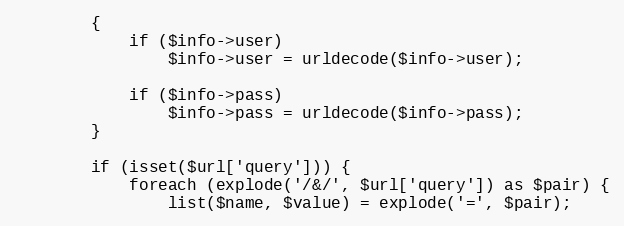
Language: PHP
		{
			if ($info->user)
				$info->user = urldecode($info->user);

			if ($info->pass)
				$info->pass = urldecode($info->pass);
		}

		if (isset($url['query'])) {
			foreach (explode('/&/', $url['query']) as $pair) {
				list($name, $value) = explode('=', $pair);